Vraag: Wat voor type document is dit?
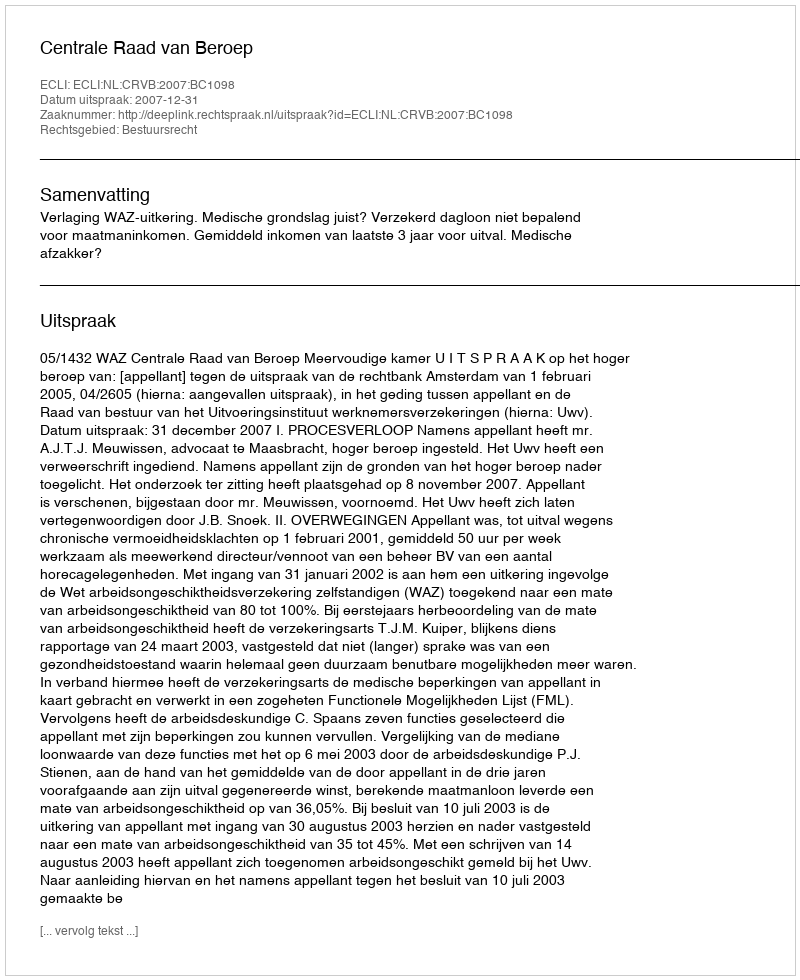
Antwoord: Uitspraak